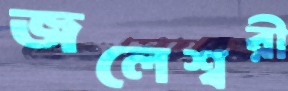
জলেশ্বরী